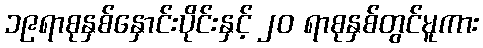
၁၉ရာစုနှစ်နှောင်းပိုင်းနှင့် ၂၀ ရာစုနှစ်တွင်မူကား